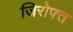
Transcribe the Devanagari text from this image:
जिरोफ्त